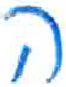
אות: ה